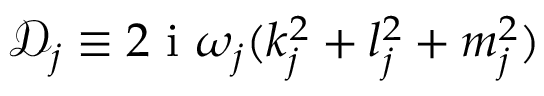
\mathcal { D } _ { j } \equiv 2 \textnormal { i } \omega _ { j } ( k _ { j } ^ { 2 } + l _ { j } ^ { 2 } + m _ { j } ^ { 2 } )